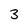
Character: 3